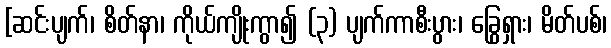
[ဆင်းပျက်၊ စိတ်နာ၊ ကိုယ်ကျိုးကွာ၍ (၃) ပျက်ကာစီးပွား၊ ခြွေရှား၊ မိတ်ပစ်၊